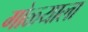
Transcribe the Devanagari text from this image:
गोळ्याला